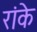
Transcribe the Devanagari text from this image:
रांके